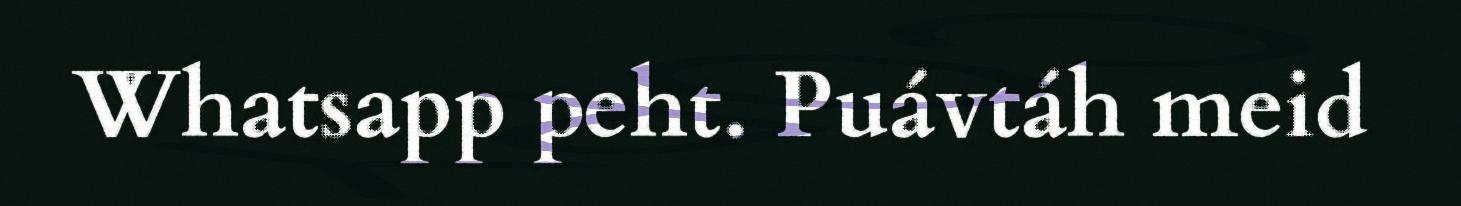
Whatsapp peht. Puávtáh meid